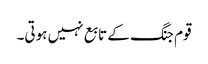
قوم جنگ کے تابع نہیں ہوتی۔